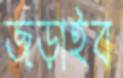
জড়াইব